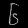
Digit: ၆